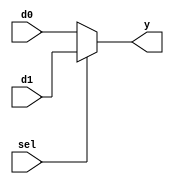
`timescale 1ns / 1ps
//////////////////////////////////////////////////////////////////////////////////
// Company: 
// Engineer: 
// 
// Design Name: 
// Module Name: mux
// Project Name: 
// Target Devices: 
// Tool Versions: 
// Description: 
// 
// Dependencies: 
// 
// Revision:
// Revision 0.01 - File Created
// Additional Comments:
// 
//////////////////////////////////////////////////////////////////////////////////


module mux_2_to_1 #(parameter dataIN_width = 4)(
    input [dataIN_width - 1 : 0] d1, d0,
    input sel,
    output reg [dataIN_width - 1 : 0] y
    );

always @ (d1, d0, sel)
begin
    if (sel)
        y <= d1;
    else
        y <= d0; 
end
endmodule